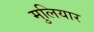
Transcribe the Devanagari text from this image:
मुलियार